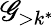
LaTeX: \mathscr{G}_{>k^{*}}